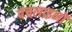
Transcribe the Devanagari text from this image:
पंचलाइनों